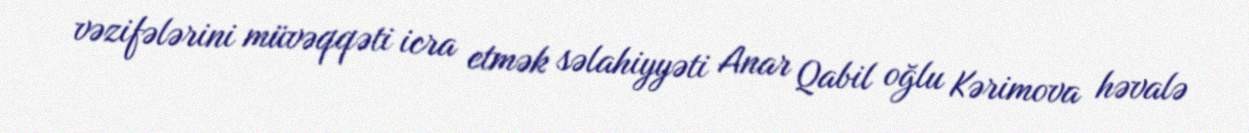
vəzifələrini müvəqqəti icra etmək səlahiyyəti Anar Qabil oğlu Kərimova həvalə